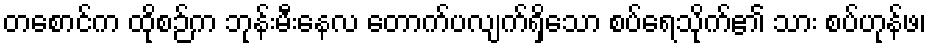
တစောင်က ထိုစဉ်က ဘုန်းမီးနေလ တောက်ပလျက်ရှိသော စပ်ရေသိုက်၏ သား စပ်ဟုန်ဖ၊